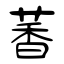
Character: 萫